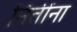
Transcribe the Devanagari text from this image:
नितींना